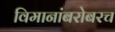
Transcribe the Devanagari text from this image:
विमानांबरोबरच